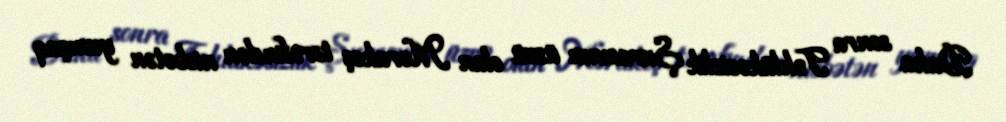
Daha sonra Təhlükəsizlik Şurasının üzvü olan Mərakeş tərəfindən nisbətən yumşaq